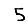
Digit: 5